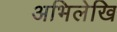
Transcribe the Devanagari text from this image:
अभिलेखि